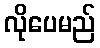
လိုပေမည်